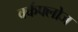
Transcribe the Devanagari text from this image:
वर्कफ्लोज